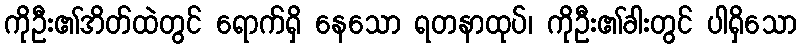
ကိုဦး၏အိတ်ထဲတွင် ရောက်ရှိ နေသော ရတနာထုပ်၊ ကိုဦး၏ခါးတွင် ပါရှိသော